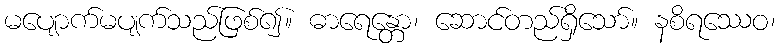
မပျောက်မပျက်သည်ဖြစ်၍။ ဓာရေန္တော၊ ဆောင်တည်ရှိသော်။ နစိရဿေဝ၊